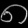
Digit: ၈